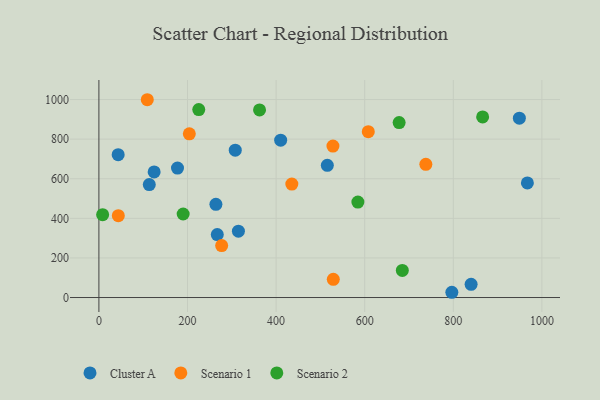
{"axis": {"x": "Study Hours", "y": "Profit"}, "legend": ["Cluster A", "Scenario 1", "Scenario 2"], "data": [{"x": "113.7", "y": 570.5, "type": "Cluster A"}, {"x": "410.3", "y": 794.9, "type": "Cluster A"}, {"x": "307.8", "y": 744.3, "type": "Cluster A"}, {"x": "267.2", "y": 318.1, "type": "Cluster A"}, {"x": "177.4", "y": 654.1, "type": "Cluster A"}, {"x": "796.7", "y": 26.5, "type": "Cluster A"}, {"x": "314.9", "y": 335.0, "type": "Cluster A"}, {"x": "124.7", "y": 634.5, "type": "Cluster A"}, {"x": "967.2", "y": 578.9, "type": "Cluster A"}, {"x": "515.6", "y": 667.7, "type": "Cluster A"}, {"x": "264.1", "y": 470.9, "type": "Cluster A"}, {"x": "840.2", "y": 66.5, "type": "Cluster A"}, {"x": "43.5", "y": 721.6, "type": "Cluster A"}, {"x": "949.1", "y": 906.0, "type": "Cluster A"}, {"x": "529.1", "y": 91.9, "type": "Scenario 1"}, {"x": "43.8", "y": 413.5, "type": "Scenario 1"}, {"x": "608.1", "y": 837.5, "type": "Scenario 1"}, {"x": "738.0", "y": 673.0, "type": "Scenario 1"}, {"x": "435.5", "y": 573.2, "type": "Scenario 1"}, {"x": "277.1", "y": 262.4, "type": "Scenario 1"}, {"x": "528.3", "y": 764.9, "type": "Scenario 1"}, {"x": "204.1", "y": 826.7, "type": "Scenario 1"}, {"x": "109.2", "y": 999.1, "type": "Scenario 1"}, {"x": "8.4", "y": 418.3, "type": "Scenario 2"}, {"x": "225.4", "y": 949.5, "type": "Scenario 2"}, {"x": "584.6", "y": 482.2, "type": "Scenario 2"}, {"x": "362.6", "y": 947.7, "type": "Scenario 2"}, {"x": "677.7", "y": 883.9, "type": "Scenario 2"}, {"x": "866.2", "y": 912.3, "type": "Scenario 2"}, {"x": "684.9", "y": 136.7, "type": "Scenario 2"}, {"x": "190.2", "y": 421.9, "type": "Scenario 2"}]}